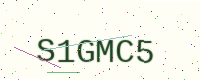
Text: S1GMC5